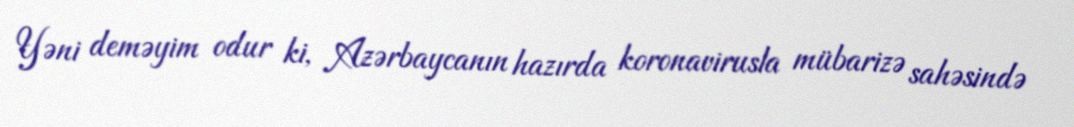
Yəni deməyim odur ki, Azərbaycanın hazırda koronavirusla mübarizə sahəsində